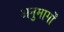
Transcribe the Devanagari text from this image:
अनुमार्गों